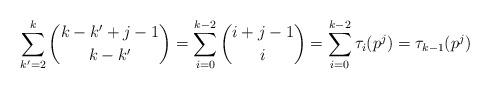
LaTeX: \begin{align*} \sum_{k'=2}^{k} \binom{k-k'+j-1}{k-k'} =\sum_{i=0}^{k-2} \binom{i+j-1}{i} =\sum_{i=0}^{k-2} \tau_{i}(p^j) = \tau_{k-1}(p^j)\end{align*}